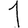
Digit: 1